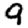
Digit: 9